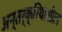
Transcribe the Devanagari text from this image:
अन्तर्क्रियाशील